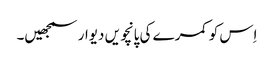
اِس کو کمرے کی پانچویں دیوار سمجھیں۔